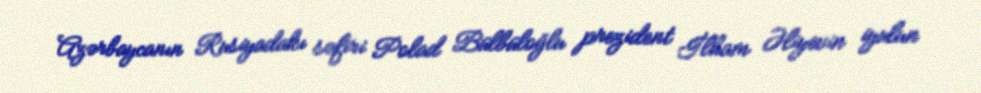
Azərbaycanın Rusiyadakı səfiri Polad Bülbüloğlu prezident İlham Əliyevin iyulun